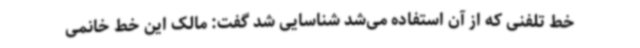
خط تلفنی که از آن استفاده می‌شد شناسایی شد گفت: مالک این خط خانمی